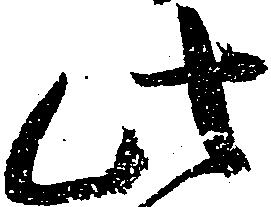
此